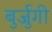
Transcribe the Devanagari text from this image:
बुर्जुगी